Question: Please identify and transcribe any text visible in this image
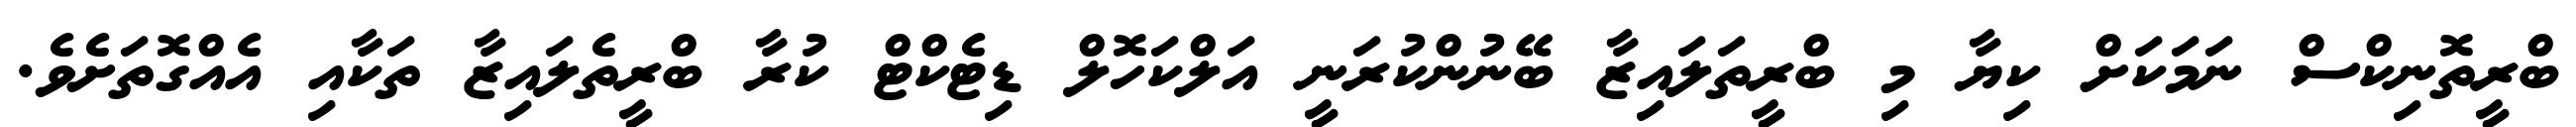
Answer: ބްރީތޮނިކްސް ނަމަކަށް ކިޔާ މި ބްރީތަލައިޒާ ބޭނުންކުރަނީ އަލްކަހޮލް ޑިޓެކްޓް ކުރާ ބްރީތެލައިޒާ ތަކާއި އެއްގޮތަށެވެ.